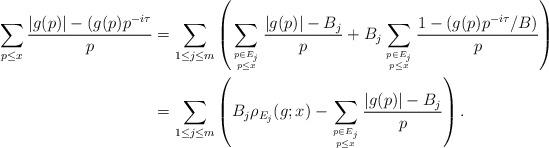
LaTeX: \begin{align*}\sum_{p \leq x} \frac{|g(p)|-(g(p)p^{-i\tau}}{p} &= \sum_{1 \leq j \leq m} \left(\sum_{p \in E_j \atop p \leq x} \frac{|g(p)|-B_j}{p} + B_j\sum_{p \in E_j \atop p \leq x} \frac{1-(g(p)p^{-i\tau}/B)}{p}\right) \\&= \sum_{1 \leq j \leq m} \left(B_j\rho_{E_j}(g;x) - \sum_{p \in E_j \atop p \leq x} \frac{|g(p)|-B_j}{p}\right).\end{align*}